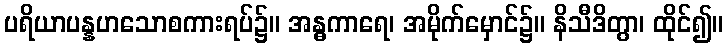
ပရိယာပန္နဟသောစကားရပ်၌။ အန္ဓကာရေ၊ အမိုက်မှောင်၌။ နိသီဒိတွာ၊ ထိုင်၍။